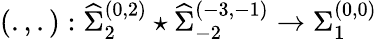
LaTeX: \left(.,.\right):{\widehat\Sigma}_{2}^{(0,2)}\star{\widehat\Sigma}_{-2}^{(-3,-1)}\rightarrow{\Sigma}_{1}^{(0,0)}